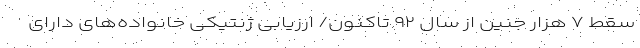
سقط ۷ هزار جنین از سال ۹۲ تاکنون/ ارزیابی ژنتیکی خانواده‌های دارای